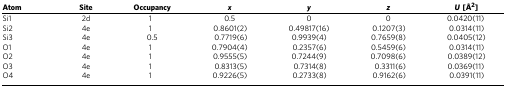
<table><thead><tr><td><b>Atom</b></td><td><b>Site</b></td><td><b>Occupancy</b></td><td><b><i>x</i></b></td><td><b><i>y</i></b></td><td><b><i>z</i></b></td><td><b><i>U</i> [Å<sup>2</sup>]</b></td></tr></thead><tbody><tr><td>Si1</td><td>2d</td><td>1</td><td>0.5</td><td>0</td><td>0</td><td>0.0420(11)</td></tr><tr><td>Si2</td><td>4e</td><td>1</td><td>0.8601(2)</td><td>0.49817(16)</td><td>0.1207(3)</td><td>0.0314(11)</td></tr><tr><td>Si3</td><td>4e</td><td>0.5</td><td>0.7719(6)</td><td>0.9939(4)</td><td>0.7659(8)</td><td>0.0405(12)</td></tr><tr><td>O1</td><td>4e</td><td>1</td><td>0.7904(4)</td><td>0.2357(6)</td><td>0.5459(6)</td><td>0.0314(11)</td></tr><tr><td>O2</td><td>4e</td><td>1</td><td>0.9555(5)</td><td>0.7244(9)</td><td>0.7098(6)</td><td>0.0389(12)</td></tr><tr><td>O3</td><td>4e</td><td>1</td><td>0.8313(5)</td><td>0.7314(8)</td><td>0.3311(6)</td><td>0.0369(11)</td></tr><tr><td>O4</td><td>4e</td><td>1</td><td>0.9226(5)</td><td>0.2733(8)</td><td>0.9162(6)</td><td>0.0391(11)</td></tr></tbody></table>